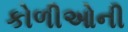
કોળીઓની